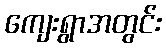
ကျေးရွာအတွင်း